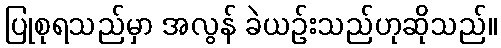
ပြုစုရသည်မှာ အလွန် ခဲယဉ်းသည်ဟုဆိုသည်။